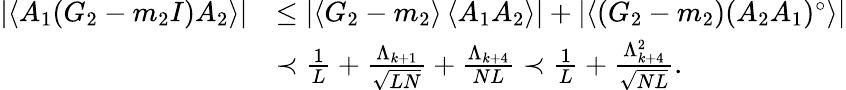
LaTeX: \begin{array}{rl}{\left|\left\langle{A_{1}(G_{2}-m_{2}I)A_{2}}\right\rangle\right|}&{\le\left|\left\langle{G_{2}-m_{2}}\right\rangle\left\langle{A_{1}A_{2}}\right\rangle\right|+\left|\left\langle{(G_{2}-m_{2})(A_{2}A_{1})^{\circ}}\right\rangle\right|}\\ &{\prec\frac{1}{L}+\frac{\Lambda_{k+1}}{\sqrt{LN}}+\frac{\Lambda_{k+4}}{NL}\prec\frac{1}{L}+\frac{\Lambda_{k+4}^{2}}{\sqrt{NL}}.}\end{array}